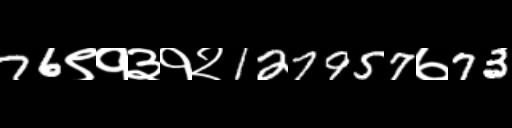
Text: 76९१३१२127957७73